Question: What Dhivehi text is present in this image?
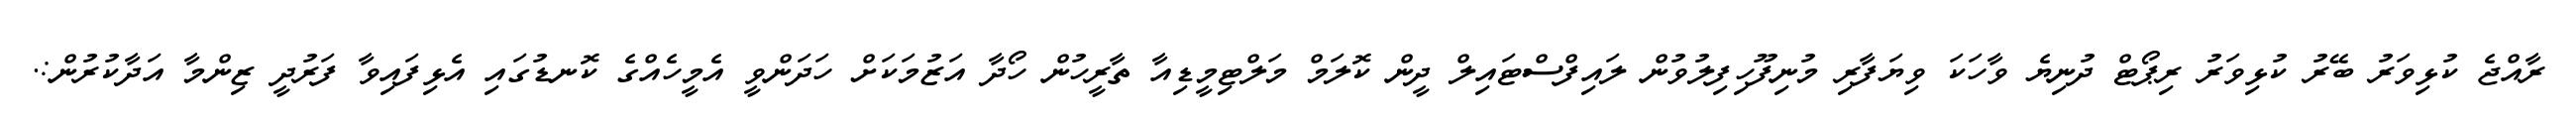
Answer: ރާއްޖެ ކުޅިވަރު ބޭރު ކުޅިވަރު ރިޕޯޓް ދުނިޔެ ވާހަކަ ވިޔަފާރި މުނިފޫހިފިލުވުން ލައިފްސްޓައިލް ދީން ކޮލަމް މަލްޓިމީޑިއާ ތާރީހުން ހޯދާ އަޒުމަކަށް ހަދަންވީ އެމީހެއްގެ ކޮނޑުގައި އެޅިފައިވާ ފަރުދީ ޒިންމާ އަދާކުރުން:.